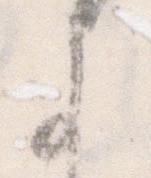
よ